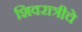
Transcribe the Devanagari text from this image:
शिवरात्रीचे